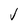
Character: J